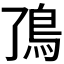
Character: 𬶼